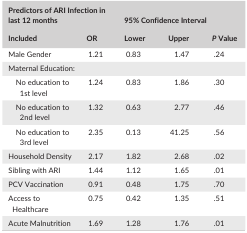
<table><thead><tr><td colspan="2"><b>Predictors of ARI Infection in last 12 months</b></td><td colspan="3"><b>95% Confidence Interval</b></td></tr><tr><td><b>Included</b></td><td><b>OR</b></td><td><b>Lower</b></td><td><b>Upper</b></td><td><b><i>P</i> Value</b></td></tr></thead><tbody><tr><td>Male Gender</td><td>1.21</td><td>0.83</td><td>1.47</td><td>.24</td></tr><tr><td colspan="5">Maternal Education:</td></tr><tr><td>No education to 1st level</td><td>1.24</td><td>0.83</td><td>1.86</td><td>.30</td></tr><tr><td>No education to 2nd level</td><td>1.32</td><td>0.63</td><td>2.77</td><td>.46</td></tr><tr><td>No education to 3rd level</td><td>2.35</td><td>0.13</td><td>41.25</td><td>.56</td></tr><tr><td>Household Density</td><td>2.17</td><td>1.82</td><td>2.68</td><td>.02</td></tr><tr><td>Sibling with ARI</td><td>1.44</td><td>1.12</td><td>1.65</td><td>.01</td></tr><tr><td>PCV Vaccination</td><td>0.91</td><td>0.48</td><td>1.75</td><td>.70</td></tr><tr><td>Access to Healthcare</td><td>0.75</td><td>0.42</td><td>1.35</td><td>.51</td></tr><tr><td>Acute Malnutrition</td><td>1.69</td><td>1.28</td><td>1.76</td><td>.01</td></tr></tbody></table>